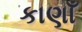
કાણાઁ